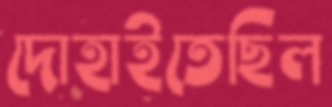
দোহাইতেছিল